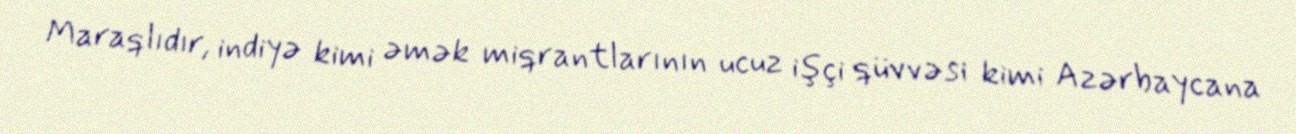
Maraqlıdır, indiyə kimi əmək miqrantlarının ucuz işçi qüvvəsi kimi Azərbaycana